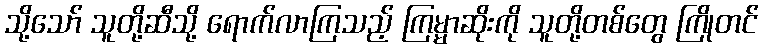
သို့သော် သူတို့ဆီသို့ ရောက်လာကြသည့် ကြမ္မာဆိုးကို သူတို့တစ်တွေ ကြိုတင်